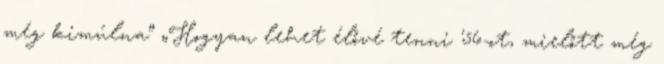
még kimúlna” „Hogyan lehet élővé tenni '56-ot, mielőtt még